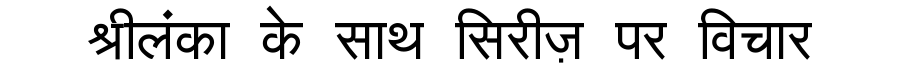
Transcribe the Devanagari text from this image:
श्रीलंका के साथ सिरीज़ पर विचार